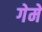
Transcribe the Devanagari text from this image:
गेमें